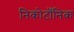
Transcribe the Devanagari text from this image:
निकोटाँनिक